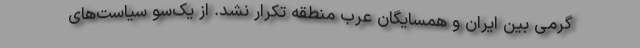
گرمی بین ایران و همسایگان عرب منطقه تکرار نشد. از یک‌سو‌ سیاست‌های